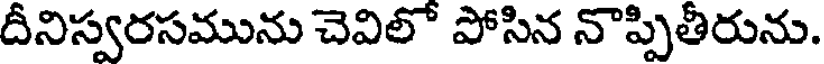
దీనిస్వరసమును చెవిలో పోసిన నొప్పితీరును.